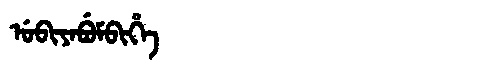
Manchu: ᡠᠪᡳᠶᠠᠪᡠᠮᠪᡳᡥᡝ
Romanization: UBIYABUMBIHE